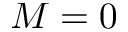
M = 0